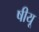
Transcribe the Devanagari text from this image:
षीयू